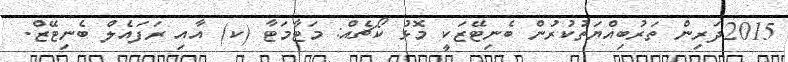
2015ދަރިން ތަރުބިއްޔަތުކުރުން ބެނިޓޭޒަކީ މޮޅު ކޯޗެއް: މަޓާމަޓާ (ކ) އާއި ރަފައެލް ބެނިޓޭޒް.